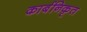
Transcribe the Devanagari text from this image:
कार्बनिकृत